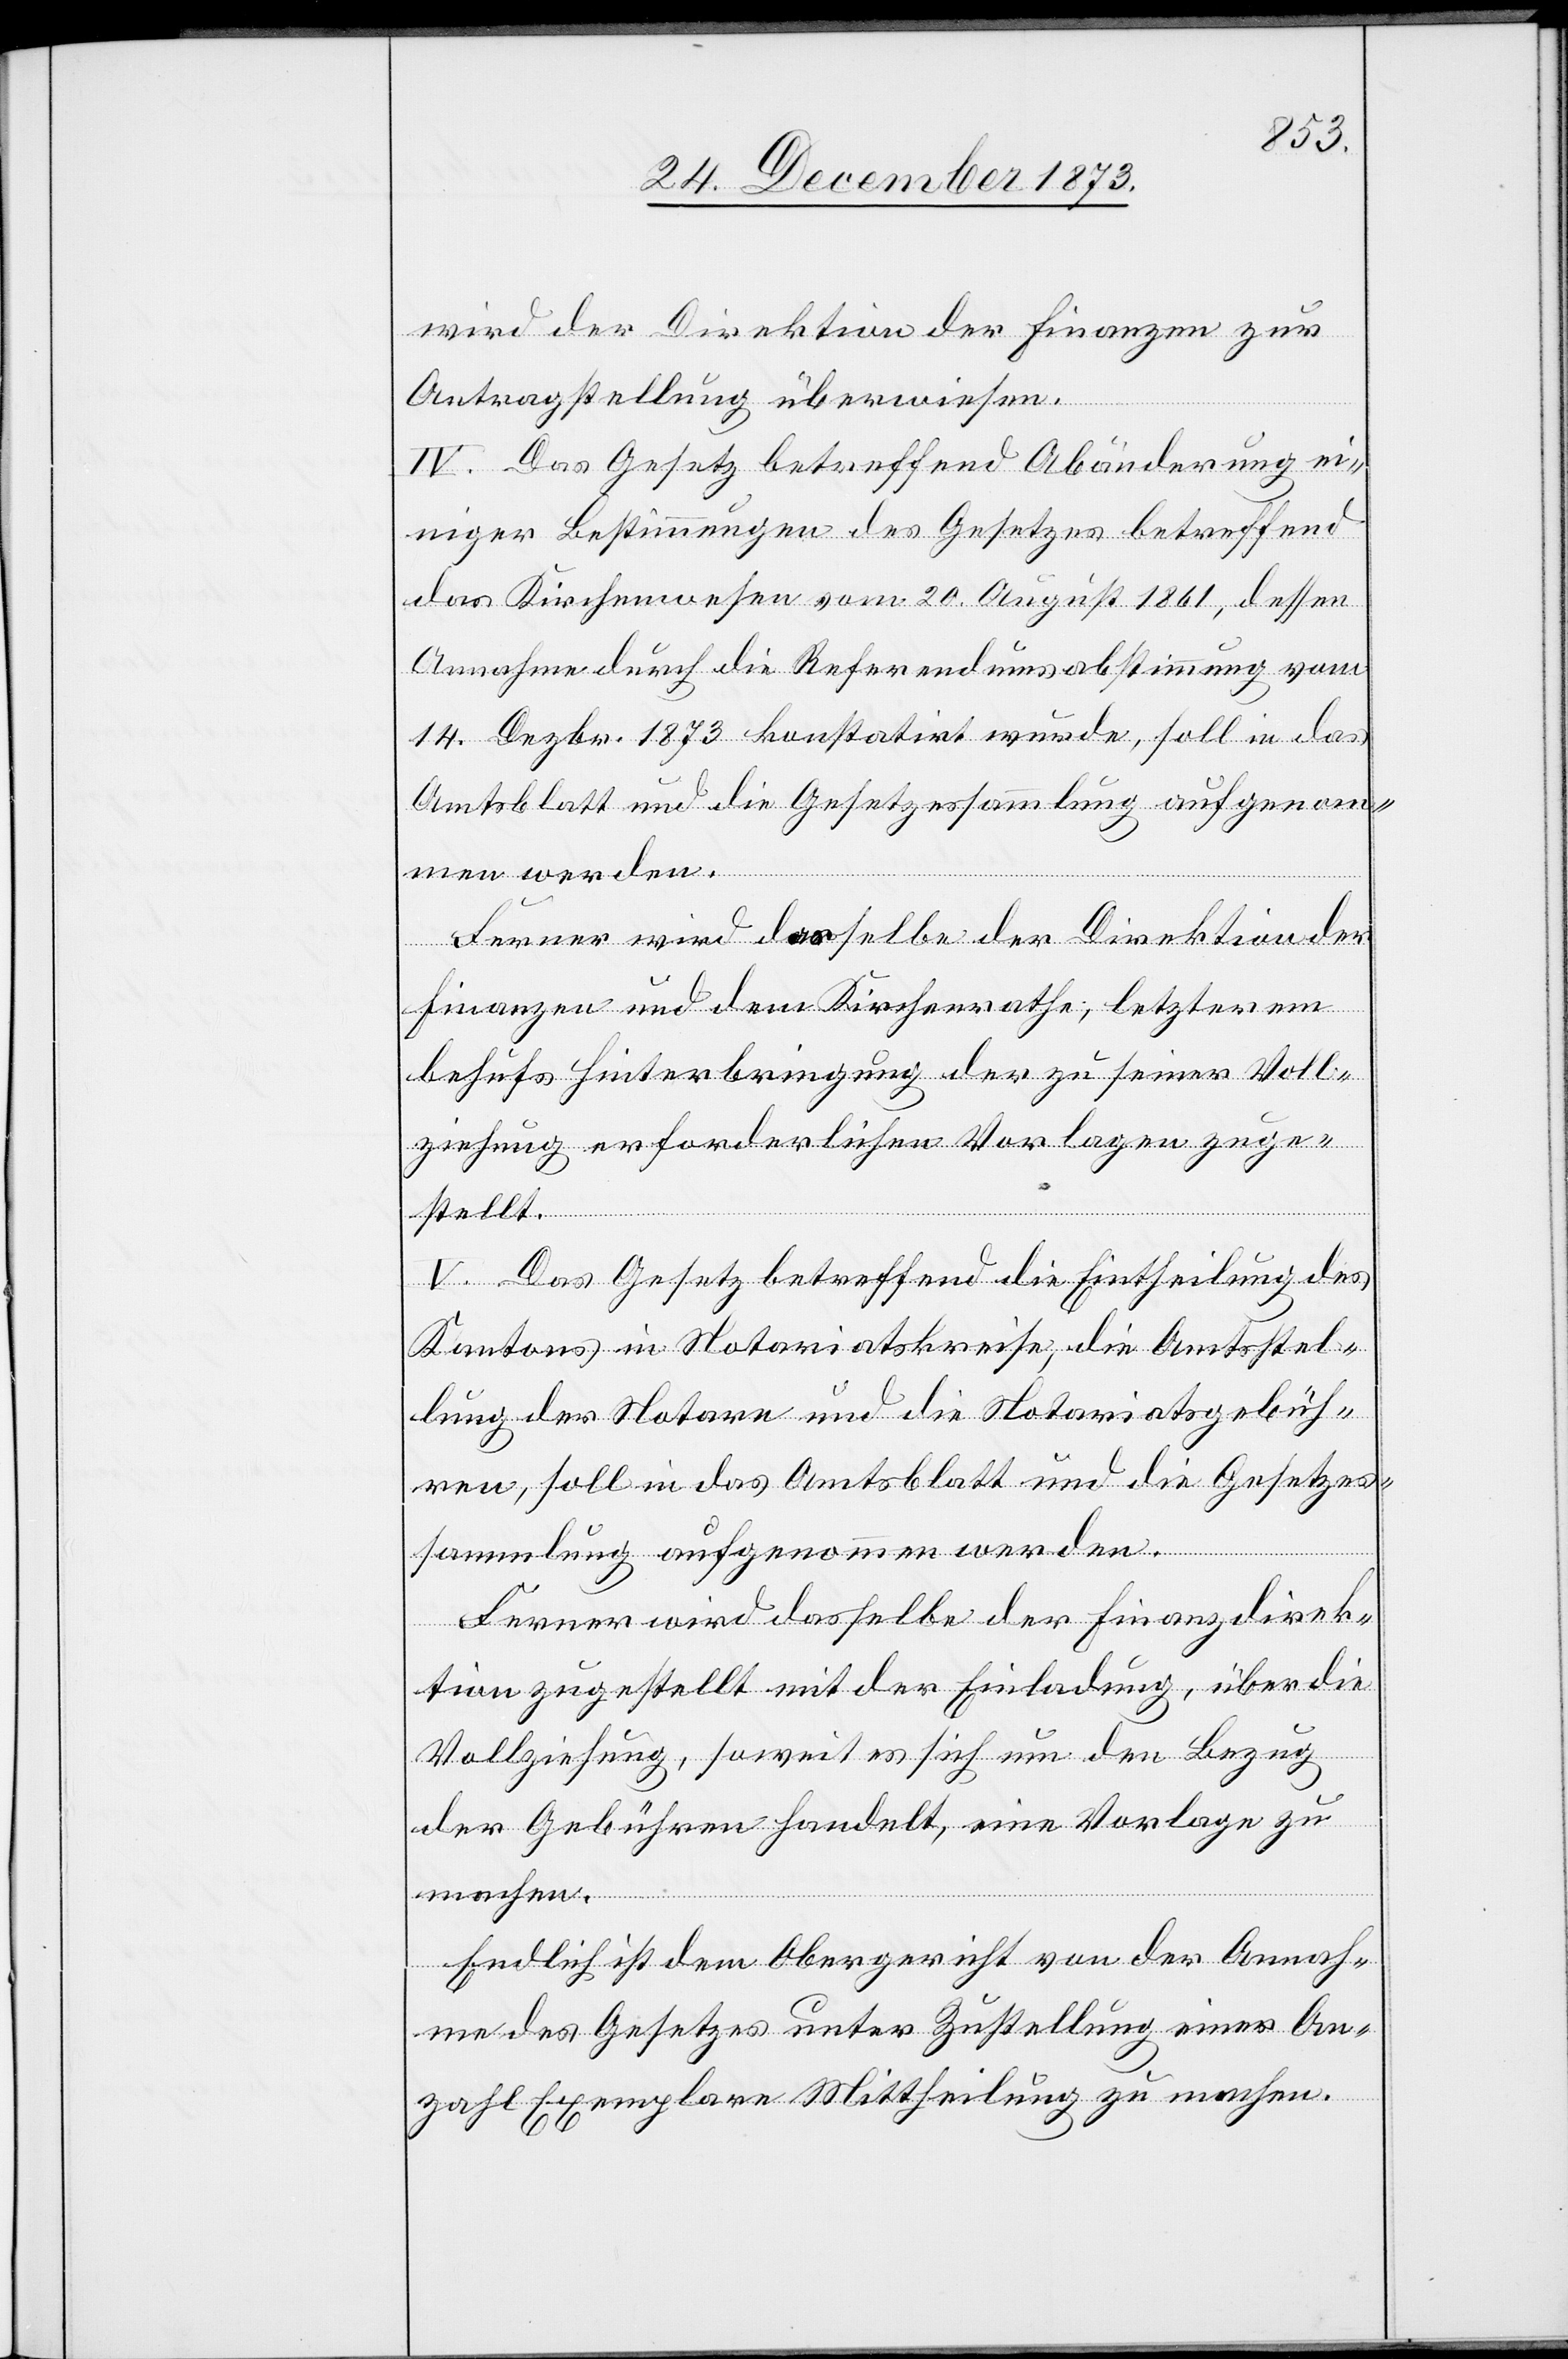
wird der Direktion der Finanzen zur
Antragstellung überwiesen.
IV. Das Gesetz betreffend Abänderung ei¬
niger Bestimmungen des Gesetzes betreffend
das Kirchenwesen vom 20. August 1861, dessen
Annahme durch die Referendumsabstimmung vom
14. Dezbr. 1873 konstatirt wurde, soll in das
Amtsblatt und die Gesetzessammlung aufgenom¬
men werden.
Ferner wird dasselbe der Direktion der
Finanzen und dem Kirchenrathe, letzterem
behufs Hinterbringung der zu seiner Voll¬
ziehung erforderlichen Vorlagen zuge¬
stellt.
V. Das Gesetz betreffend die Eintheilung des
Kantons in Notariatskreise, die Amtsstel¬
lung der Notare und die Notariatsgebüh¬
ren, soll in das Amtsblatt und die Gesetzes¬
sammlung aufgenommen werden.
Ferner wird dasselbe der Finanzdirek¬
tion zugestellt mit der Einladung, über die
Vollziehung, soweit es sich um den Bezug
der Gebühren handelt, eine Vorlage zu
machen.
Endlich ist dem Obergericht von der Annah¬
me des Gesetzes unter Zustellung einer An¬
zahl Exemplare Mittheilung zu machen.